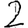
Digit: 2